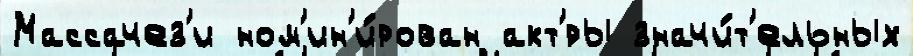
Массачез'и ном'ин'и́рован акт'́ры значи́т'ельных